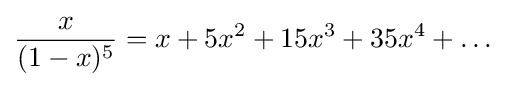
{\frac {x}{(1-x)^{5}}}=x+5x^{2}+15x^{3}+35x^{4}+\dots